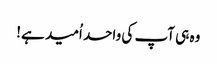
وہ ہی آپ کی واحد اُمید ہے!